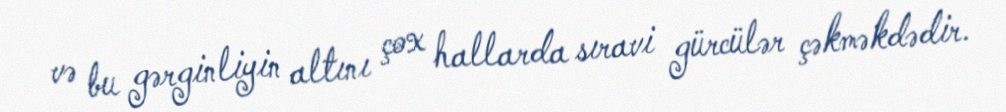
və bu gərginliyin altını çox hallarda sıravi gürcülər çəkməkdədir.